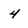
Character: 4